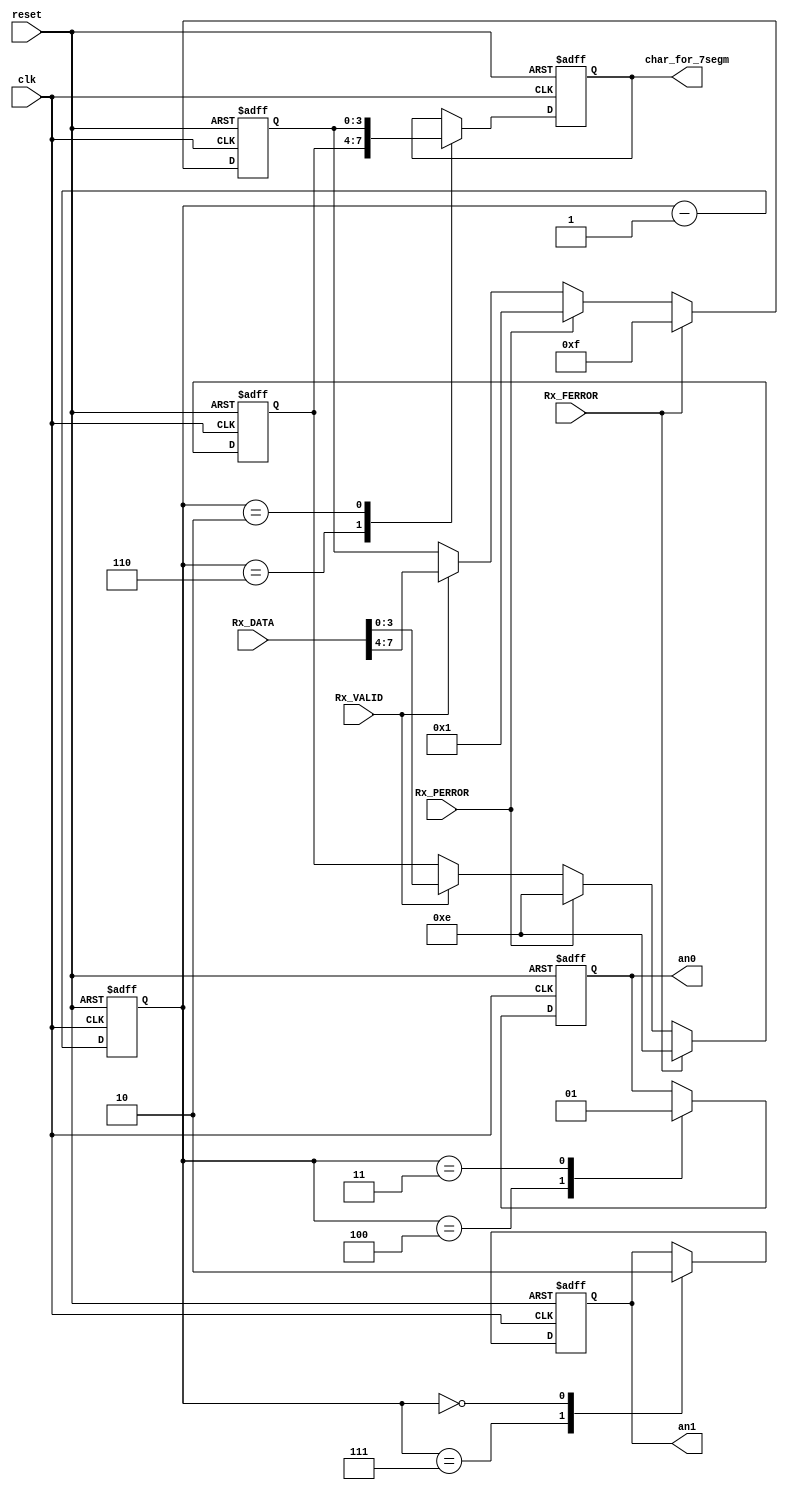
/* Axelou Olympia
 * oaxelou@uth.gr
 * 2161
 *
 * ce430
 * Project2: UART
 *
 * Part D-2: seven segment driver
 *
 * 7-Segment Driver: Given the received data and the error signals it drives
 *                   the output to one of the 2 anodes (an1 or an0). The others
 *                   are permanently closed. The character to display then
 *                   becomes the input of the LEDdecoder circuit.
 *
 * input : clk, reset, Rx_VALID, Rx_FERROR, Rx_PERROR, Rx_DATA
 * output: an1, an0, char_for_7segm
 *
 * Comments on the implementation:
 * -> It chooses the message to display first by checking the two error signals:
 *    if either of them is up then the message is the default "FE" or "PE" for
 *    frame error and parity error respectively. Then checks if the VALID signal
 *    is up, then it assigns the value of Rx_DATA (received data). If none of
 *    the above is the case, it keeps projecting the last message it received
 *    (an error message ,the received data or "00" : the value after the reset).
 */

module seven_segment_driver(reset, clk, Rx_VALID, Rx_FERROR, Rx_PERROR, Rx_DATA, an1, an0, char_for_7segm);

  input reset, clk;
  input Rx_VALID, Rx_FERROR, Rx_PERROR;
  input [7:0] Rx_DATA;

  output an1, an0;
  output [3:0] char_for_7segm;

  reg [3:0] char_for_7segm;
  reg an1, an0;

  reg [2:0] counter;
  reg [3:0] message[0:1];

  always @ (posedge clk or posedge reset) begin
    if(reset) begin
      message[1] = 4'b0000;
      message[0] = 4'b0000;
    end
    else if(Rx_FERROR) begin
      message[0] = 4'b1111;   // F  (frame)
      message[1] = 4'b1110;   // E  (error)
    end
    else if(Rx_PERROR) begin
      message[0] = 4'b0001;   // P (parity)
      message[1] = 4'b1110;   // E  (error)
    end
    else if(Rx_VALID) begin
      message[0] = Rx_DATA[7:4];
      message[1] = Rx_DATA[3:0];
    end
  end

  always @(posedge clk or posedge reset) begin
  	if(reset)
  	begin
  		counter = 3'b000;
  		char_for_7segm = 4'b0000;

  		an1 = 1'b1;
  		an0 = 1'b1;
  	end
  	else begin
  		case(counter)
  			3'b111: an1 = 1'b1;
  			3'b110: char_for_7segm = message[1];
  			3'b100: an0 = 1'b0;
  			3'b011: an0 = 1'b1;
  			3'b010: char_for_7segm = message[0];
  			3'b000: an1 = 1'b0;
  		endcase
		counter = counter - 1;
  	end
  end

endmodule